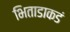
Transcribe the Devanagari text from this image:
भिताडाकडं